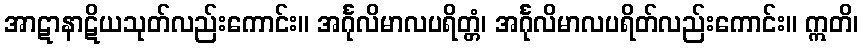
အာဋာနာဋိယသုတ်လည်းကောင်း။ အင်္ဂုလိမာလပရိတ္တံ၊ အင်္ဂုလိမာလပရိတ်လည်းကောင်း။ ဣတိ၊